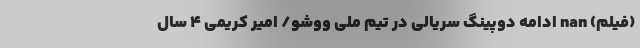
(فیلم) nan ادامه دوپینگ سریالی‌ در تیم ملی ووشو/ امیر کریمی ۴ سال